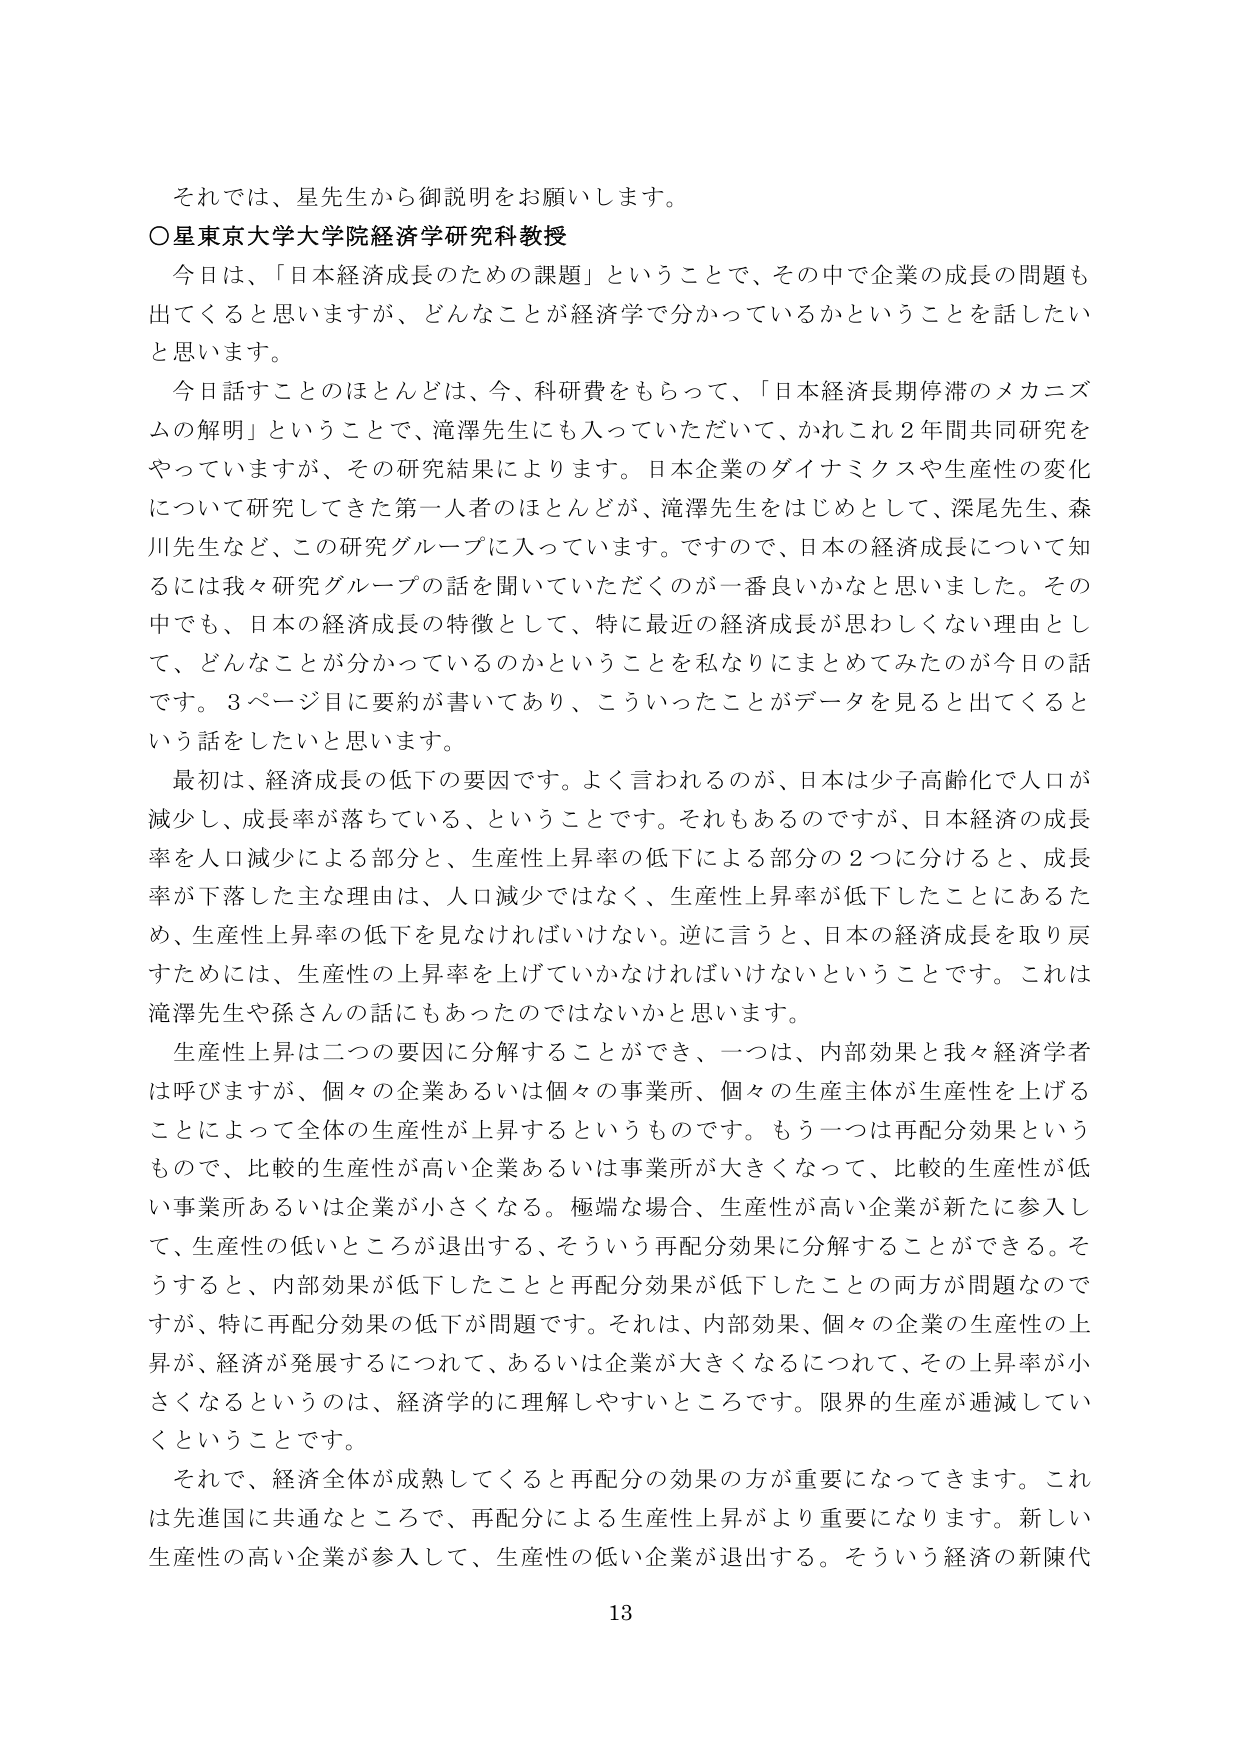
それでは、星先生から御説明をお願いします。

○星東京大学大学院経済学研究科教授

今日は、「日本経済成長のための課題」ということで、その中で企業の成長の問題も出てくると思いますが、どんなことが経済学で分かっているかということを話したいと思います。

今日話すことのほとんどは、今、科研費をもらって、「日本経済長期停滞のメカニズムの解明」ということで、滝澤先生にも入っていただいて、かれこれ2年間共同研究をやっていますが、その研究結果によります。日本企業のダイナミクスや生産性の変化について研究してきた第一人者のほとんどが、滝澤先生をはじめとして、深尾先生、森川先生など、この研究グループに入っています。ですので、日本の経済成長について知るには我々研究グループの話を聞いていただくのが一番良いかなと思いました。その中でも、日本の経済成長の特徴として、特に最近の経済成長が思わしくない理由として、どんなことが分かっているのかということを私なりにまとめてみたのが今日の話です。3ページ目に要約が書いてあり、こういったことがデータを見ると出てくるという話をしたいと思います。

最初は、経済成長の低下の要因です。よく言われるのが、日本は少子高齢化で人口が減少し、成長率が落ちている、ということです。それもあるのですが、日本経済の成長率を人口減少による部分と、生産性上昇率の低下による部分の2つに分けると、成長率が下落した主な理由は、人口減少ではなく、生産性上昇率が低下したことにあたるため、生産性上昇率の低下を見なければならない。逆に言うと、日本の経済成長を取り戻すためには、生産性の上昇率を上げていかなければならないということです。これは滝澤先生や孫さんの話にもあったのではないかと思います。

生産性上昇は二つの要因に分解することができ、一つは、内部効果と我々経済学者は呼びますが、個々の企業あるいは個々の事業所、個々の生産主体が生産性を上げることによって全体の生産性が上昇するというものです。もう一つは再配分効果というものですので、比較的生産性が高い企業あるいは事業所が大きくなって、比較的生産性が低い事業所あるいは企業が小さくなる。極端な場合、生産性が高い企業が新たに参入して、生産性の低いところが退出する、そういう再配分効果に分解することができます。そうすると、内部効果が低下したことと再配分効果が低下したことの両方が問題なのですが、特に再配分効果の低下が問題です。それは、内部効果、個々の企業の生産性の上昇が、経済が発展するにつれて、あるいは企業が大きくなるにつれて、その上昇率が小さくなるというのは、経済学的に理解しやすいところです。限界的生産が逓減していくということです。

それで、経済全体が成熟してくると再配分の効果の方が重要になってきます。これは先進国に共通なところで、再配分による生産性上昇がより重要になります。新しい生産性の高い企業が参入して、生産性の低い企業が退出する。そういう経済の新陳代

13